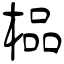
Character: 榀